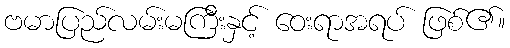
ဗမာပြည်လမ်းမကြီးနှင့် ဝေးရာအရပ် ဖြစ်၏။